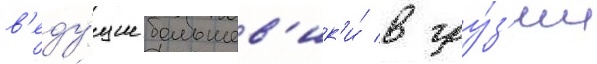
в'еду́щие большев'ик'и́ в гру́з'ии